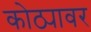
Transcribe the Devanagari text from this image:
कोठ्यावर